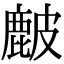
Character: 𥀔